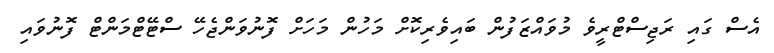
އެސް ގައި ރަޖިސްޓްރީވެ މުވައްޒަފުން ބައިވެރިކޮށް މަހުން މަހަށް ފޮނުވަންޖެހޭ ސްޓޭޓްމަންޓް ފޮނުވައި